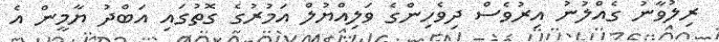
ރިލުވާނު ގެއްލުނު އިރުވެސް ދިވެހިންގެ ވަލިއްޔުލް އަމުރުގެ ގޮތުގައި އަބްދު ޔާމީން އެ